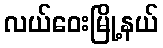
လယ်ဝေးမြို့နယ်